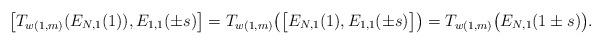
LaTeX: \begin{gather*}\big[T_{w(1,m)}(E_{N,1}(1)), E_{1,1}(\pm s)\big] = T_{w(1,m)}\big(\big[E_{N,1}(1), E_{1,1}(\pm s)\big]\big) = T_{w(1,m)}\big(E_{N,1}(1 \pm s)\big).\end{gather*}